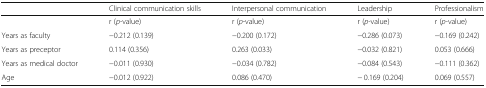
<table><thead><tr><td></td><td><b>Clinical communication skills</b></td><td><b>Interpersonal communication</b></td><td><b>Leadership</b></td><td><b>Professionalism</b></td></tr></thead><tbody><tr><td></td><td>r (<i>p</i>-value)</td><td>r (<i>p</i>-value)</td><td>r (<i>p</i>-value)</td><td>r (<i>p</i>-value)</td></tr><tr><td>Years as faculty</td><td>−0.212 (0.139)</td><td>−0.200 (0.172)</td><td>−0.286 (0.073)</td><td>−0.169 (0.242)</td></tr><tr><td>Years as preceptor</td><td>0.114 (0.356)</td><td>0.263 (0.033)</td><td>−0.032 (0.821)</td><td>0.053 (0.666)</td></tr><tr><td>Years as medical doctor</td><td>−0.011 (0.930)</td><td>−0.034 (0.782)</td><td>−0.084 (0.543)</td><td>−0.111 (0.362)</td></tr><tr><td>Age</td><td>−0.012 (0.922)</td><td>0.086 (0.470)</td><td>− 0.169 (0.204)</td><td>0.069 (0.557)</td></tr></tbody></table>